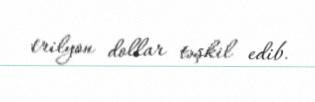
trilyon dollar təşkil edib.